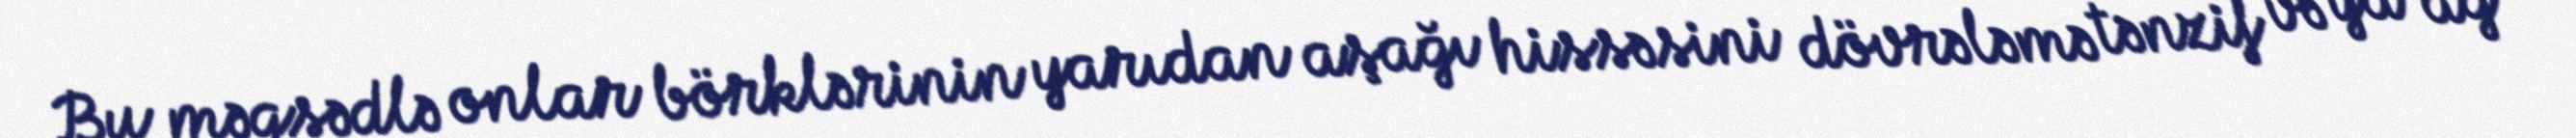
Bu məqsədlə onlar börklərinin yarıdan aşağı hissəsini dövrələmə tənzif və ya ağ